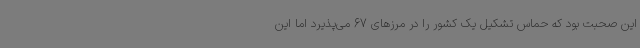
این صحبت بود که حماس تشکیل یک کشور را در مرزهای 67 می‌پذیرد اما این